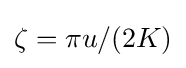
\zeta =\pi u/(2K)